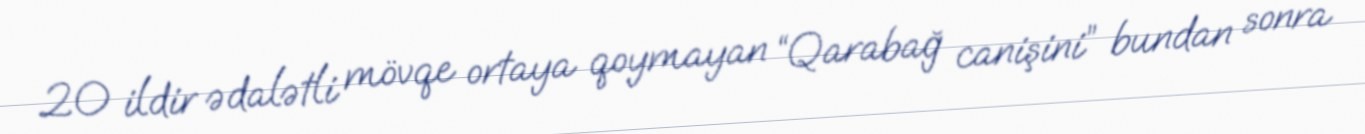
20 ildir ədalətli mövqe ortaya qoymayan “Qarabağ canişini” bundan sonra